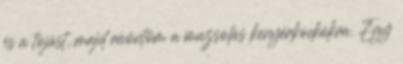
és a tojást, majd ráöntöm a mazsolás kenyérkockákra. Egy